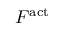
F ^ { \mathrm { a c t } }